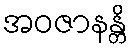
အဝဇာနန္တိ